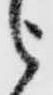
被